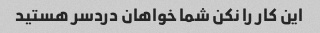
این کار را نکن شما خواهان دردسر هستید